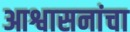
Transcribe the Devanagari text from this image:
आश्वासनांचा